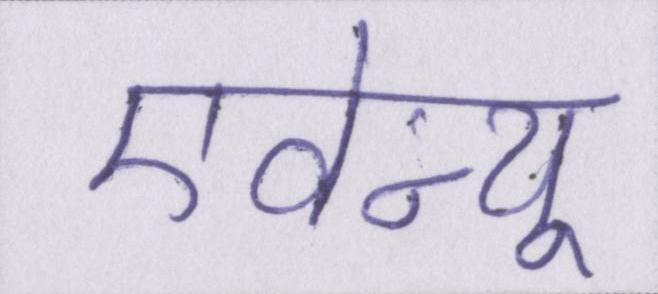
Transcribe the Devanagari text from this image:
एवेन्यू